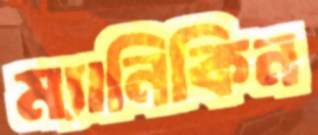
ম্যানিকিন